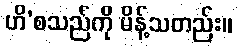
ဟိ’စသည်ကို မိန့်သတည်း။